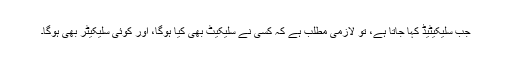
جب سلیکیٹیڈ کہا جاتا ہے، تو لازمی مطلب ہے کہ کسی نے سلیکیٹ بھی کیا ہوگا، اور کوئی سلیکیٹر بھی ہوگا۔